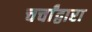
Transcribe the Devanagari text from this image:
चर्चांद्वारा